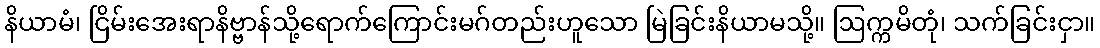
နိယာမံ၊ ငြိမ်းအေးရာနိဗ္ဗာန်သို့ရောက်ကြောင်းမဂ်တည်းဟူသော မြဲခြင်းနိယာမသို့။ ဩက္ကမိတုံ၊ သက်ခြင်းငှာ။